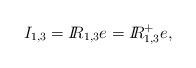
LaTeX: \begin{align*}I_{1,3} = \mbox{${\sl I\!\!R}$}_{1,3}e = \mbox{${\sl I\!\!R}$}_{1,3}^{+}e ,\end{align*}